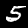
Label: 5